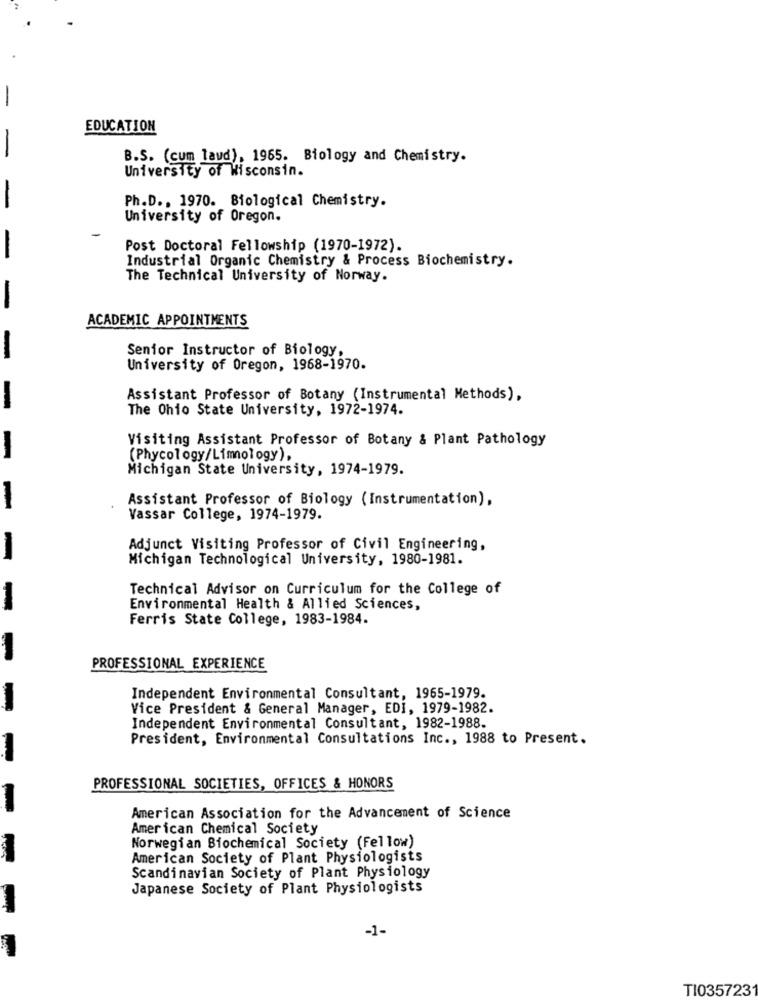
EDUCATION
-
B.S. (cum laud), 1965. Biology and Chemistry.
University of Wisconsin.
-
Ph.D ., 1970. Biological Chemistry.
University of Oregon.
Post Doctoral Fellowship (1970-1972).
-
Industrial Organic Chemistry & Process Biochemistry.
The Technical University of Norway.
-
ACADEMIC APPOINTMENTS
Senior Instructor of Biology,
-
University of Oregon, 1968-1970.
Assistant Professor of Botany (Instrumental Methods),
-
The Ohio State University, 1972-1974.
Visiting Assistant Professor of Botany & Plant Pathology
(Phycology/Limnology),
Michigan State University, 1974-1979.
Assistant Professor of Biology (Instrumentation),
-
Vassar College, 1974-1979.
Adjunct Visiting Professor of Civil Engineering,
-
Michigan Technological University, 1980-1981.
Technical Advisor on Curriculum for the College of
-
Environmental Health & Allied Sciences,
Ferris State College, 1983-1984.
PROFESSIONAL EXPERIENCE
Independent Environmental Consultant, 1965-1979.
--
Vice President & General Manager, EDI, 1979-1982.
Independent Environmental Consultant, 1982-1988.
President, Environmental Consultations Inc ., 1988 to Present.
PROFESSIONAL SOCIETIES, OFFICES & HONORS
American Association for the Advancement of Science
American Chemical Society
Norwegian Biochemical Society (Fellow)
American Society of Plant Physiologists
Scandinavian Society of Plant Physiology
Japanese Society of Plant Physiologists
-1-
TI035723